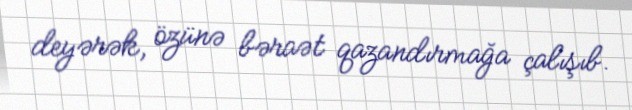
deyərək, özünə bəraət qazandırmağa çalışıb.